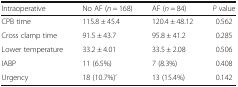
<table><thead><tr><td><b>Intraoperative</b></td><td><b>No AF (<i>n</i> = 168)</b></td><td><b>AF (<i>n</i> = 84)</b></td><td><b><i>P</i> value</b></td></tr></thead><tbody><tr><td>CPB time</td><td>115.8 ± 45.4</td><td>120.4 ± 48.12</td><td>0.562</td></tr><tr><td>Cross clamp time</td><td>91.5 ± 43.7</td><td>95.8 ± 41.2</td><td>0.285</td></tr><tr><td>Lower temperature</td><td>33.2 ± 4.01</td><td>33.5 ± 2.08</td><td>0.506</td></tr><tr><td>IABP</td><td>11 (6.5%)</td><td>7 (8.3%)</td><td>0.408</td></tr><tr><td>Urgency</td><td>18 (10.7%)’</td><td>13 (15.4%)</td><td>0.142</td></tr></tbody></table>